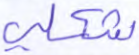
شكلي